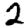
Digit: 2